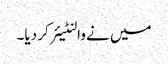
میں نے والنٹیئر کر دیا۔